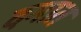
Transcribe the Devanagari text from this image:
दमात